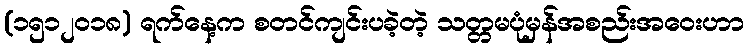
(၁၅၁၂၀၁၈) ရက်နေ့က စတင်ကျင်းပခဲ့တဲ့ သတ္တမပုံမှန်အစည်းအဝေးဟာ